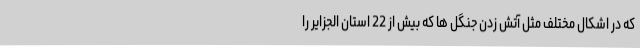
که در اشکال مختلف مثل آتش زدن جنگل ها که بیش از 22 استان الجزایر را